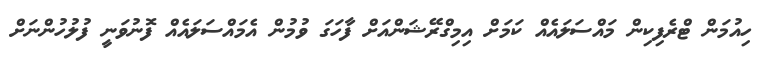
ހިއުމަން ޓްރެފިކިން މައްސަލައެއް ކަމަށް އިމިގްރޭޝަންއަށް ފާހަގަ ވުމުން އެމައްސަލައެއް ފޮނުވަނީ ފުލުހުންނަށް